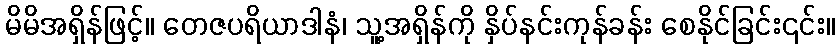
မိမိအရှိန်ဖြင့်။ တေဇပရိယာဒါနံ၊ သူ့အရှိန်ကို နှိပ်နင်းကုန်ခန်း စေနိုင်ခြင်း၎င်း။